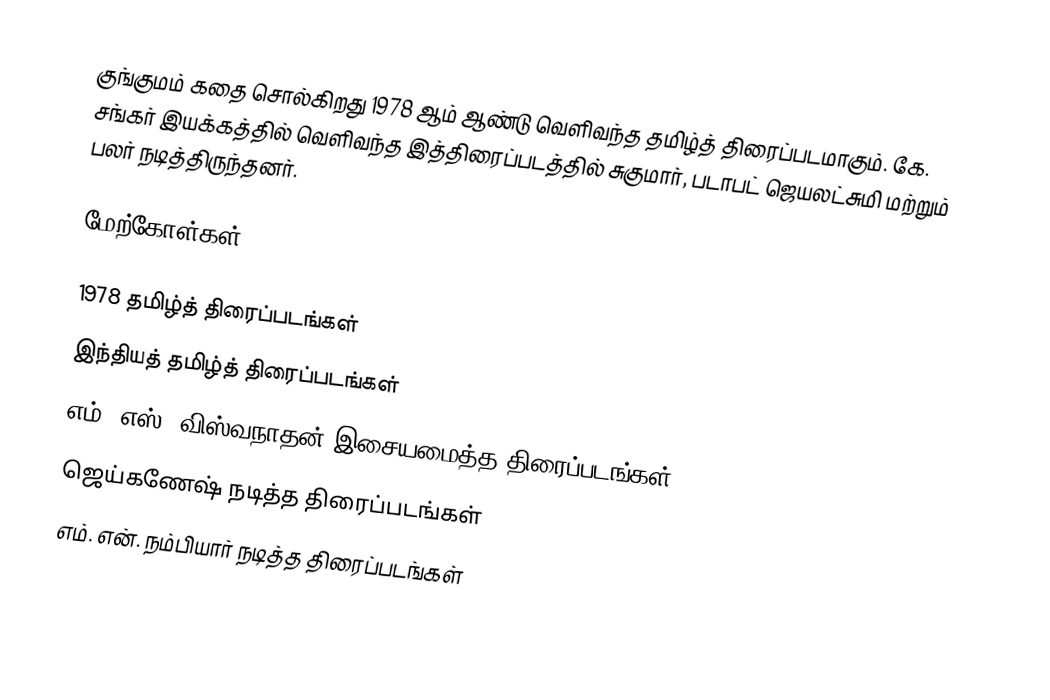
குங்குமம் கதை சொல்கிறது 1978 ஆம் ஆண்டு வெளிவந்த தமிழ்த் திரைப்படமாகும். கே. சங்கர் இயக்கத்தில் வெளிவந்த இத்திரைப்படத்தில் சுகுமார், படாபட் ஜெயலட்சுமி மற்றும் பலர் நடித்திருந்தனர்.

மேற்கோள்கள்

1978 தமிழ்த் திரைப்படங்கள்
இந்தியத் தமிழ்த் திரைப்படங்கள்
எம். எஸ். விஸ்வநாதன் இசையமைத்த திரைப்படங்கள்
ஜெய்கணேஷ் நடித்த திரைப்படங்கள்
எம். என். நம்பியார் நடித்த திரைப்படங்கள்